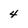
Character: 4